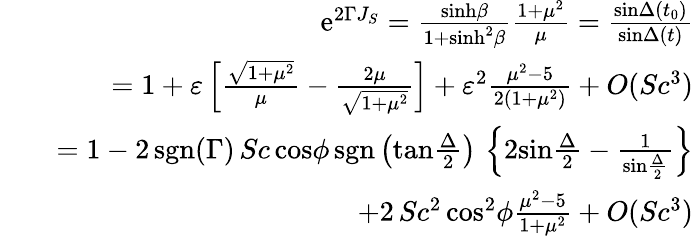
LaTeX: \begin{array}{rlr}&{}&{\mathrm{e}^{2\Gamma J_{S}}={\frac{\mathrm{sinh}\beta}{1+\mathrm{sinh}^{2}\beta}}{\frac{1+\mu^{2}}{\mu}}={\frac{\mathrm{sin}\Delta(t_{0})}{\mathrm{sin}\Delta(t)}}}\\ &{}&{=1+\varepsilon\left[{\frac{\sqrt{1+\mu^{2}}}{\mu}}-{\frac{2\mu}{\sqrt{1+\mu^{2}}}}\right]+\varepsilon^{2}{\frac{\mu^{2}-5}{2(1+\mu^{2})}}+O(Sc^{3})}\\ &{}&{=1-2\, \mathrm{sgn}(\Gamma)\, Sc\, \mathrm{cos}\phi\, \mathrm{sgn}\left(\mathrm{tan}{\frac{\Delta}{2}}\right)\, \left\{ 2\mathrm{sin}{\frac{\Delta}{2}}-{\frac{1}{\mathrm{sin}{\frac{\Delta}{2}}}}\right\} }\\ &{}&{+2\, Sc^{2}\, \mathrm{cos}^{2}\phi{\frac{\mu^{2}-5}{1+\mu^{2}}}+O(Sc^{3})}\end{array}